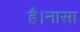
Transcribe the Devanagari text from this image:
है।नासा